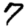
Digit: 7